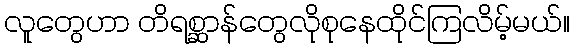
လူတွေဟာ တိရစ္ဆာန်တွေလိုစုနေထိုင်ကြလိမ့်မယ်။